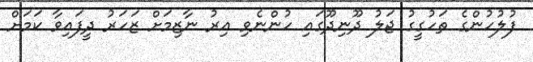
ފުލުހުންގެ ތަހުގީގު ޖަލު ދޫނިދޫގައި ހުންނެވި އިރު ނާޒިމަށް ޒަހަރު ދީފައިވާ ކަމަށް